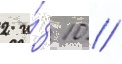
2 и́з 10 //